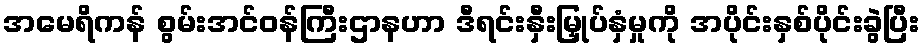
အမေရိကန် စွမ်းအင်ဝန်ကြီးဌာနဟာ ဒီရင်းနှီးမြှုပ်နှံမှုကို အပိုင်းနှစ်ပိုင်းခွဲပြီး